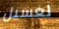
لغسيل